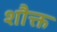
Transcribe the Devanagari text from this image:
शौक्त